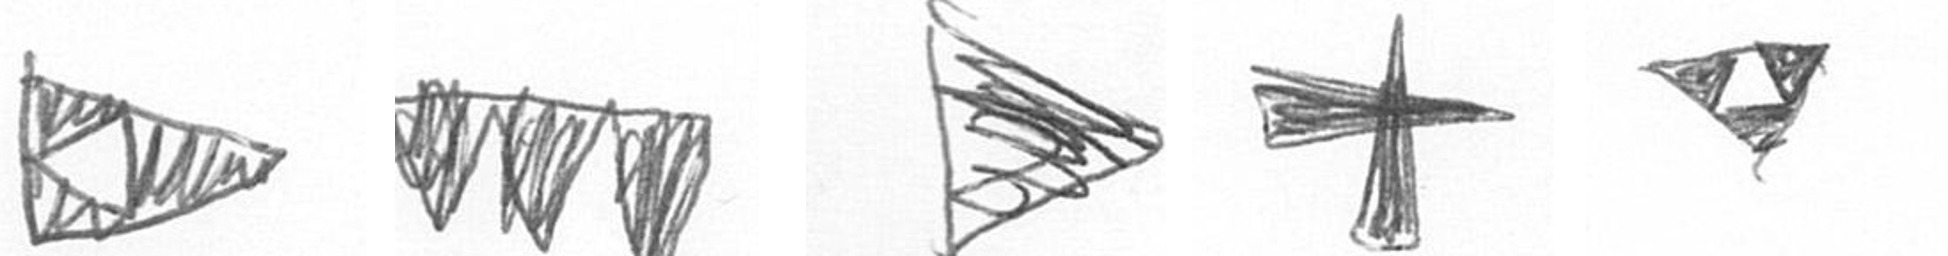
K L T G S